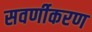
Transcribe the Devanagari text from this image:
सवर्णीकरण